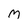
Character: m